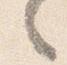
々